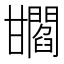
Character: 𤯐